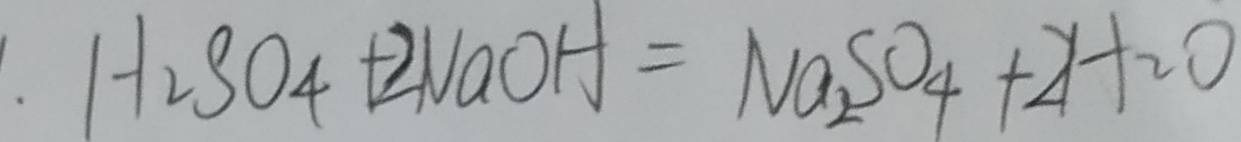
H _ { 2 } S O _ { 4 } + 2 N a O H = N a _ { 2 } S O _ { 4 } + 2 H _ { 2 } O